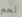
لحم